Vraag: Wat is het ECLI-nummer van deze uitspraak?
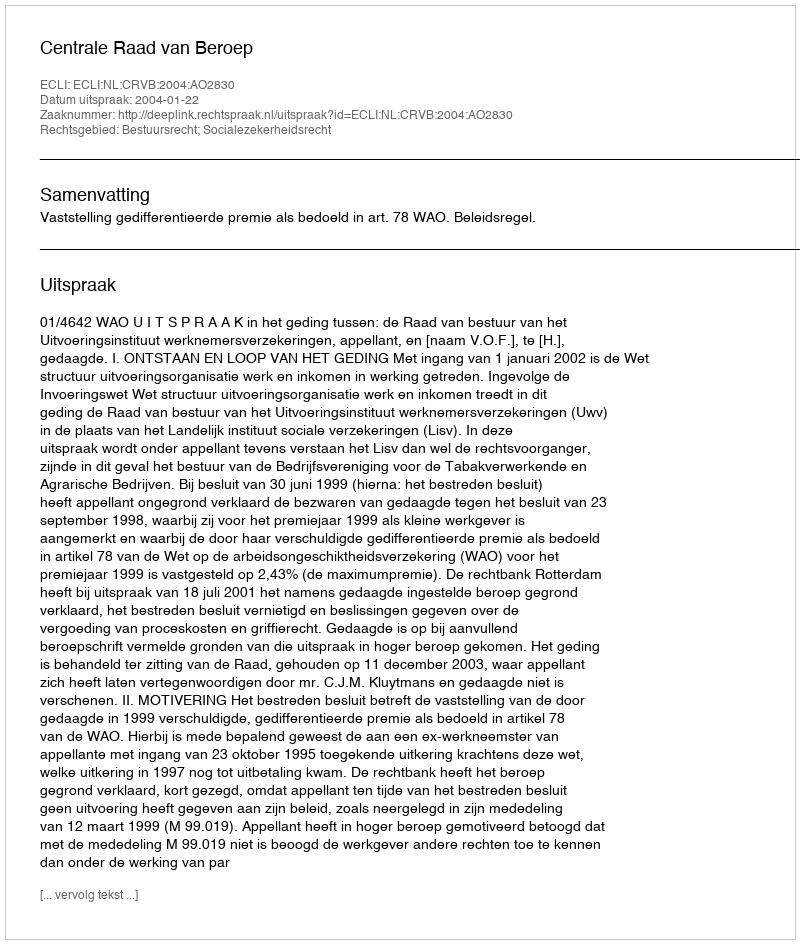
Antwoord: ECLI:NL:CRVB:2004:AO2830